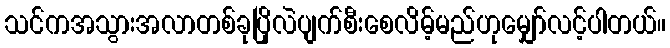
သင်ကအသွားအလာတစ်ခုပြိုလဲပျက်စီးစေလိမ့်မည်ဟုမျှော်လင့်ပါတယ်။